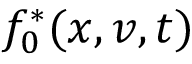
f _ { 0 } ^ { * } ( x , v , t )